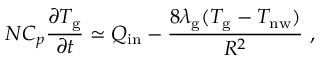
N C _ { p } \frac { \partial T _ { \mathrm { g } } } { \partial t } \simeq Q _ { \mathrm { i n } } - \frac { 8 \lambda _ { \mathrm { g } } ( T _ { \mathrm { g } } - T _ { \mathrm { n w } } ) } { R ^ { 2 } } \ ,